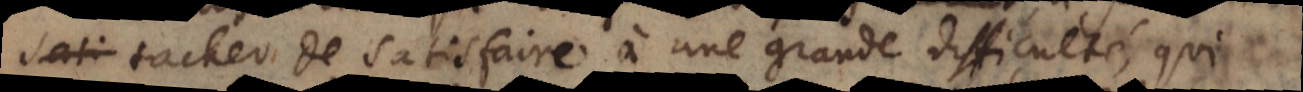
ut tacher de satisfaire à une grande difficulté, qui